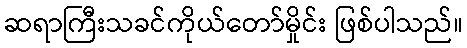
ဆရာကြီးသခင်ကိုယ်တော်မှိုင်း ဖြစ်ပါသည်။